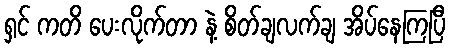
ရှင် ကတိ ပေးလိုက်တာ နဲ့ စိတ်ချလက်ချ အိပ်နေကြပြီ